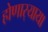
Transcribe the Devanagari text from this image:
होणार्‍याया